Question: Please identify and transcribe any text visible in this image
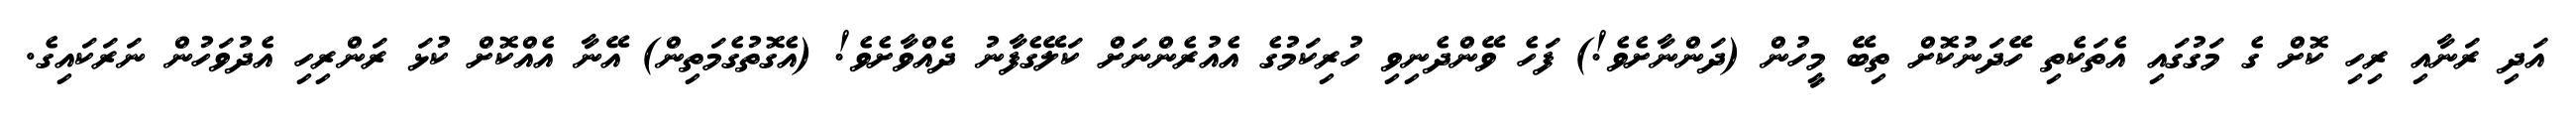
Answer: އަދި ރަނާއި ރިހި ކޮށް ގެ މަގުގައި އެތަކެތި ހޭދަނުކޮށް ތިބޭ މީހުން (ދަންނާށެވެ!) ފަހެ ވޭންދެނިވި ހުރިކަމުގެ އެއުރެންނަށް ކަލޭގެފާނު ދެއްވާށެވެ! (އެގޮތުގެމަތިން) އޭނާ އެއްކޮށް ކުޅަ ރަންރިހި އެދުވަހުން ނަރަކައިގެ.